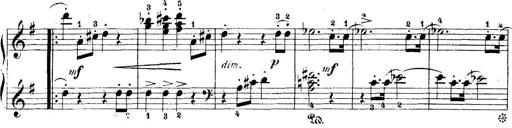
Title: 5 Sonatinas
Composer: Theodor Kirchner